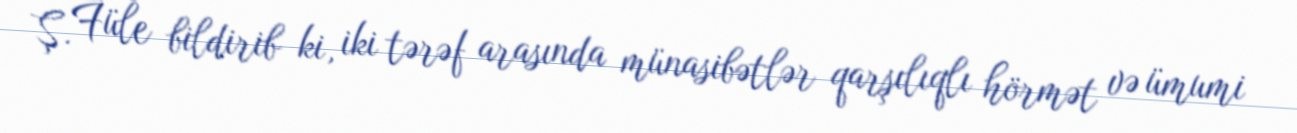
Ş. Füle bildirib ki, iki tərəf arasında münasibətlər qarşılıqlı hörmət və ümumi